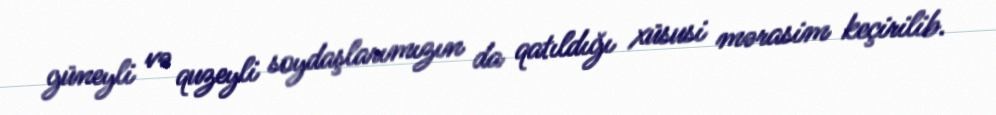
güneyli və quzeyli soydaşlarımızın da qatıldığı xüsusi mərasim keçirilib.